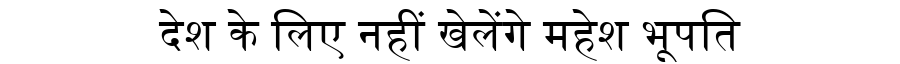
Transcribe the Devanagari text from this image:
देश के लिए नहीं खेलेंगे महेश भूपति